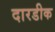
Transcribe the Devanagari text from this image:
दारडीक